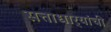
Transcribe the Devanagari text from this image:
सत्ताधार्‍यांची